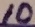
Text: 10